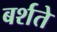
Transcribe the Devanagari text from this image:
बर्शते